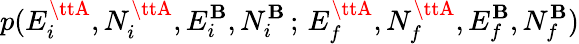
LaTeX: p(E_{i}^{{\ttA}},N_{i}^{{\ttA}},E_{i}^{{\tt\mathbf{B}}},N_{i}^{{\tt\mathbf{B}}}\, ;\, E_{f}^{{\ttA}},N_{f}^{{\ttA}},E_{f}^{{\tt\mathbf{B}}},N_{f}^{{\tt\mathbf{B}}})